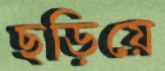
ছড়িয়ে